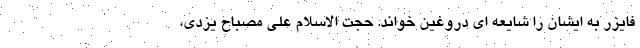
فایزر به ایشان را شایعه ای دروغین خواند. حجت الاسلام علی مصباح یزدی،